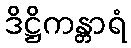
ဒိဋ္ဌိကန္တာရံ